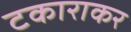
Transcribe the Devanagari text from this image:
टकाराकर